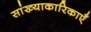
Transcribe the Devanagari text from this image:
सांख्याकारिकाएँ